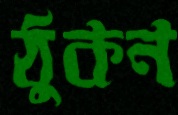
ঠুকন